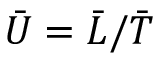
\bar { U } = \bar { L } / \bar { T }